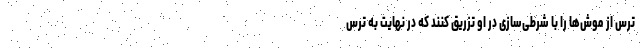
ترس از موش‌ها را با شرطی‌سازی در او تزریق کنند که در نهایت به ترس